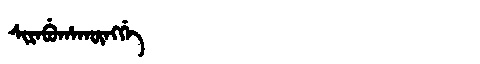
Manchu: ᠰᡳᡵᡝᠪᡠᡥᠠᡴᡡᠩᡤᡝ
Romanization: SIREBUHAKŪNGGE